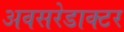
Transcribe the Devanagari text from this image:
अवसरेडाक्टर